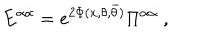
{ E } ^ { \alpha \dot { \alpha } } = e ^ { 2 \Phi ( x , \theta , \bar { \theta } ) } \Pi ^ { \alpha \dot { \alpha } } ~ ,